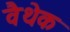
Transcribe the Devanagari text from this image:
वैथेक